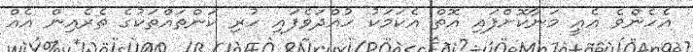
އެހެންވެ އެއީ މަނާކޮށްފައި އޮތް އެކަމަކު ހުއްދަވެފައި ހުރި ކަންތައްތަކުގެ ތެރެއިން އެއް